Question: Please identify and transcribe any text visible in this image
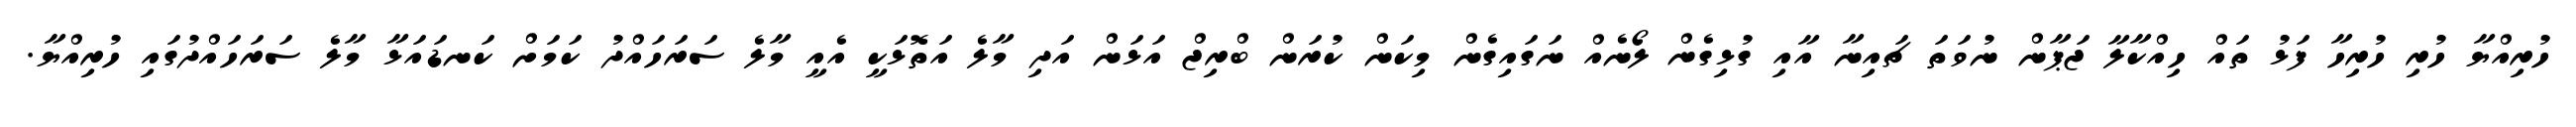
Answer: ހުރިއްޔާ ހުރި ހުރިހާ ފަޅު ތައް ހިއްކާލާ ޖަޕާން ނުވަތަ ޗައިނާ އާއި ގުޅިގެން ލޯނެއް ނަގައިގެން މިކަން ކުރަން ބްރިޖް އަޅަން އަދި މާލެ އަތޮޅަކީ އެއީ މާލެ ސަރަހައްދު ކަމަށް ކަނޑައަޅާ މާލެ ސަރަހައްދުގައި ހުރިއްޔާ.